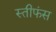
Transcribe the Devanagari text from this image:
स्तीफंस